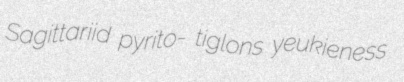
Sagittariid pyrito- tiglons yeukieness